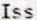
ISS